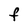
Character: F